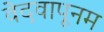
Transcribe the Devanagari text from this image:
वेदवापूनम